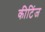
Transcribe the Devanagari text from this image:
कीटिंज